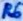
Text: R6